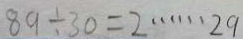
8 9 \div 3 0 = 2 \cdots 2 9